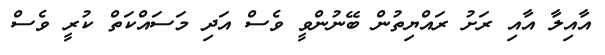
އާއިލާ އާއި ރަށު ރައްޔިތުން ބޭނުންވީ ވެސް އަދި މަސައްކަތް ކުރީ ވެސް